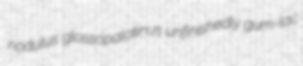
nodulus glossopalatinus unfinishedly gum-lac